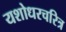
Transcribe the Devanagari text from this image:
यशोधरचरित्र